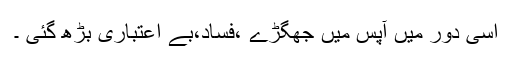
اسی دور میں آپس میں جھگڑے ،فساد،بے اعتباری بڑھ گئی ۔